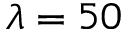
\lambda = 5 0